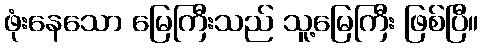
ဖုံးနေသော မြေကြီးသည် သူ့မြေကြီး ဖြစ်ပြီ။